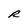
Character: R